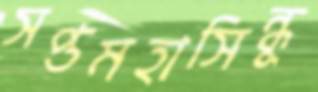
সপ্তমহাসিন্ধু